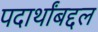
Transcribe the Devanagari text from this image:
पदार्थांबद्दल